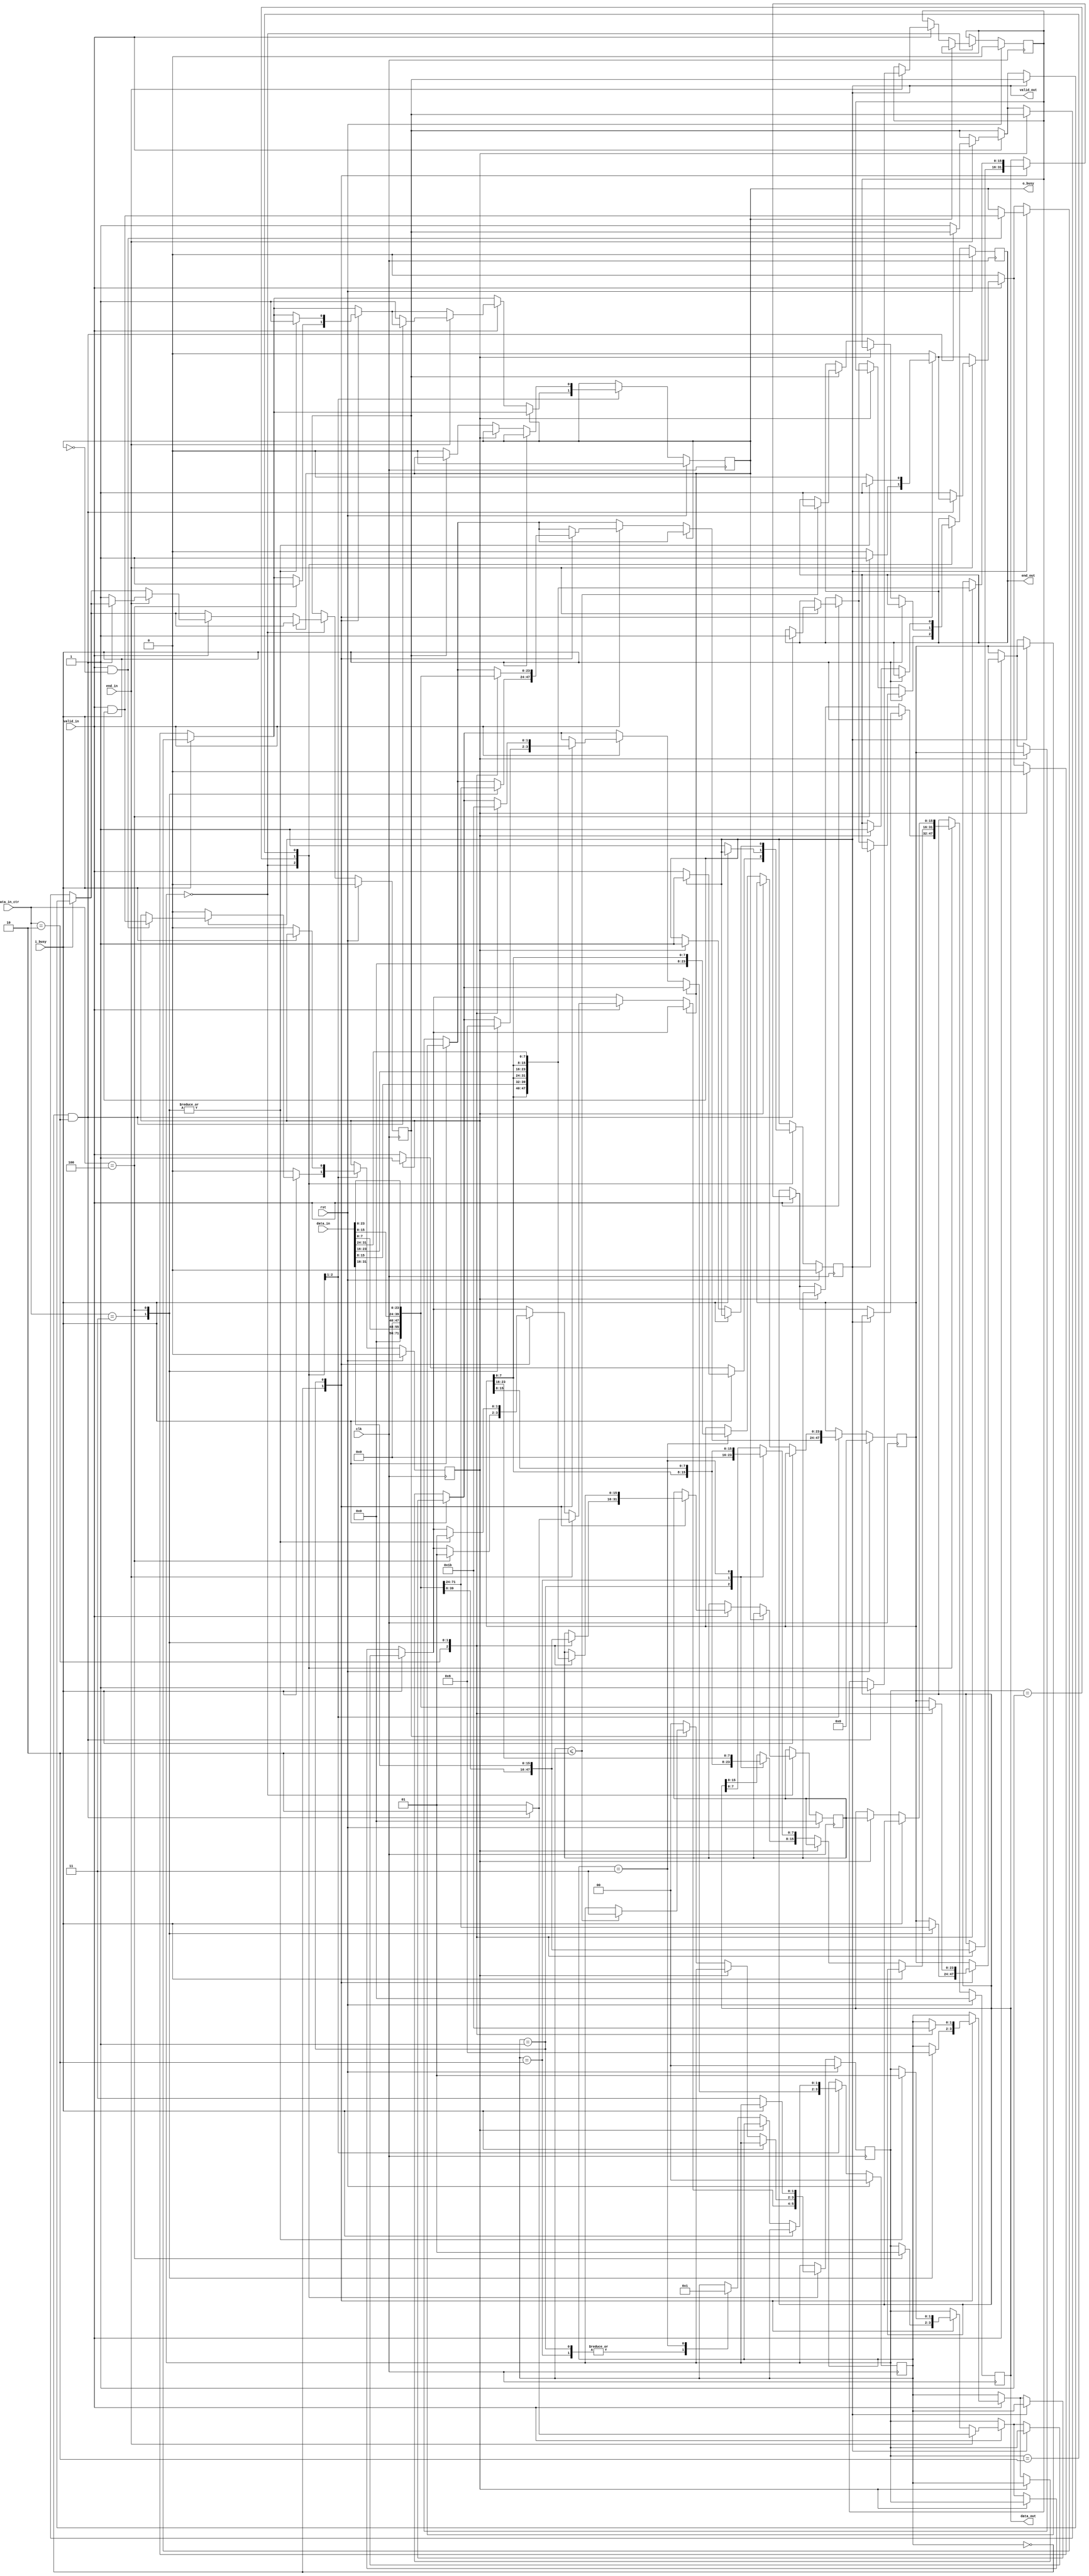
/* Generated by Yosys 0.8+     369 (git sha1 ea0e0722, clang 10.0.1 -fPIC -Os) */

(* \nmigen.hierarchy  = "top" *)
(* top =  1  *)
(* generator = "nMigen" *)
module top(valid_in, data_in_ctr, data_in, end_in, rst, clk, valid_out, o_busy, data_out, end_out, i_busy);
  wire \$1 ;
  wire \$101 ;
  wire \$103 ;
  wire \$105 ;
  wire \$107 ;
  wire \$109 ;
  wire \$11 ;
  wire \$111 ;
  wire \$113 ;
  wire \$115 ;
  wire \$117 ;
  wire \$119 ;
  wire \$121 ;
  wire \$123 ;
  wire \$125 ;
  wire \$127 ;
  wire \$129 ;
  wire \$13 ;
  wire \$131 ;
  wire \$133 ;
  wire \$135 ;
  wire \$137 ;
  wire \$139 ;
  wire \$141 ;
  wire \$143 ;
  wire \$145 ;
  wire \$147 ;
  wire \$149 ;
  wire \$15 ;
  wire \$151 ;
  wire \$153 ;
  wire \$155 ;
  wire \$157 ;
  wire \$159 ;
  wire \$161 ;
  wire \$163 ;
  wire \$165 ;
  wire \$167 ;
  wire \$169 ;
  wire \$17 ;
  wire \$171 ;
  wire \$173 ;
  wire \$175 ;
  wire \$177 ;
  wire \$179 ;
  wire \$181 ;
  wire \$183 ;
  wire \$185 ;
  wire \$187 ;
  wire \$189 ;
  wire \$19 ;
  wire \$191 ;
  wire \$193 ;
  wire \$195 ;
  wire \$197 ;
  wire \$199 ;
  wire \$201 ;
  wire \$203 ;
  wire \$205 ;
  wire \$207 ;
  wire \$209 ;
  wire \$21 ;
  wire \$211 ;
  wire \$213 ;
  wire \$215 ;
  wire \$217 ;
  wire \$219 ;
  wire \$221 ;
  wire \$223 ;
  wire \$225 ;
  wire \$227 ;
  wire \$229 ;
  wire \$23 ;
  wire \$231 ;
  wire \$233 ;
  wire \$235 ;
  wire \$237 ;
  wire \$239 ;
  wire \$241 ;
  wire \$243 ;
  wire \$245 ;
  wire \$247 ;
  wire \$249 ;
  wire \$25 ;
  wire \$251 ;
  wire \$253 ;
  wire \$255 ;
  wire \$257 ;
  wire \$259 ;
  wire \$261 ;
  wire \$263 ;
  wire \$265 ;
  wire \$267 ;
  wire \$269 ;
  wire \$27 ;
  wire \$271 ;
  wire \$273 ;
  wire \$275 ;
  wire \$277 ;
  wire \$29 ;
  wire \$3 ;
  wire \$31 ;
  wire \$33 ;
  wire \$35 ;
  wire \$37 ;
  wire \$39 ;
  wire \$41 ;
  wire \$43 ;
  wire \$45 ;
  wire \$47 ;
  wire [23:0] \$49 ;
  wire \$5 ;
  wire [23:0] \$51 ;
  wire [23:0] \$53 ;
  wire [23:0] \$55 ;
  wire [23:0] \$57 ;
  wire [23:0] \$59 ;
  wire [23:0] \$61 ;
  wire [23:0] \$63 ;
  wire \$65 ;
  wire [23:0] \$67 ;
  wire [23:0] \$69 ;
  wire \$7 ;
  wire [23:0] \$71 ;
  wire [23:0] \$73 ;
  wire \$75 ;
  wire \$77 ;
  wire [23:0] \$79 ;
  wire \$81 ;
  wire \$83 ;
  wire \$85 ;
  wire \$87 ;
  wire \$89 ;
  wire \$9 ;
  wire \$91 ;
  wire \$93 ;
  wire \$95 ;
  wire \$97 ;
  wire \$99 ;
  (* src = "fix_0xff2.py:174" *)
  reg [1:0] \$next\buffer_count ;
  (* src = "fix_0xff2.py:173" *)
  reg [23:0] \$next\buffer_data ;
  (* src = "fix_0xff2.py:153" *)
  reg [15:0] \$next\data_out ;
  (* src = "fix_0xff2.py:176" *)
  reg [15:0] \$next\data_out_reg ;
  (* src = "fix_0xff2.py:178" *)
  reg \$next\data_out_valid ;
  (* src = "fix_0xff2.py:160" *)
  reg \$next\end_out ;
  (* src = "fix_0xff2.py:177" *)
  reg \$next\end_out_reg ;
  (* src = "fix_0xff2.py:180" *)
  reg \$next\end_reg ;
  (* src = "nmigen/hdl/dsl.py:244" *)
  reg [1:0] \$next\fsm_state ;
  (* src = "fix_0xff2.py:162" *)
  reg \$next\o_busy ;
  (* src = "fix_0xff2.py:157" *)
  reg \$next\valid_out ;
  (* init = 2'h0 *)
  (* src = "fix_0xff2.py:174" *)
  reg [1:0] buffer_count = 2'h0;
  (* init = 24'h000000 *)
  (* src = "fix_0xff2.py:173" *)
  reg [23:0] buffer_data = 24'h000000;
  (* src = "nmigen/hdl/ir.py:329" *)
  input clk;
  (* src = "fix_0xff2.py:149" *)
  input [31:0] data_in;
  (* src = "fix_0xff2.py:150" *)
  input [2:0] data_in_ctr;
  (* init = 16'h0000 *)
  (* src = "fix_0xff2.py:153" *)
  output [15:0] data_out;
  reg [15:0] data_out = 16'h0000;
  (* init = 16'h0000 *)
  (* src = "fix_0xff2.py:176" *)
  reg [15:0] data_out_reg = 16'h0000;
  (* init = 1'h0 *)
  (* src = "fix_0xff2.py:178" *)
  reg data_out_valid = 1'h0;
  (* src = "fix_0xff2.py:159" *)
  input end_in;
  (* init = 1'h0 *)
  (* src = "fix_0xff2.py:160" *)
  output end_out;
  reg end_out = 1'h0;
  (* init = 1'h0 *)
  (* src = "fix_0xff2.py:177" *)
  reg end_out_reg = 1'h0;
  (* init = 1'h0 *)
  (* src = "fix_0xff2.py:180" *)
  reg end_reg = 1'h0;
  (* init = 2'h0 *)
  (* src = "nmigen/hdl/dsl.py:244" *)
  reg [1:0] fsm_state = 2'h0;
  (* src = "fix_0xff2.py:163" *)
  input i_busy;
  (* init = 1'h0 *)
  (* src = "fix_0xff2.py:162" *)
  output o_busy;
  reg o_busy = 1'h0;
  (* src = "nmigen/hdl/ir.py:329" *)
  input rst;
  (* src = "fix_0xff2.py:156" *)
  input valid_in;
  (* init = 1'h0 *)
  (* src = "fix_0xff2.py:157" *)
  output valid_out;
  reg valid_out = 1'h0;
  assign \$9  = \$5  & (* src = "fix_0xff2.py:208" *) \$7 ;
  assign \$99  = i_busy == (* src = "fix_0xff2.py:184" *) 1'h0;
  assign \$101  = valid_out == (* src = "fix_0xff2.py:199" *) 1'h0;
  assign \$103  = valid_in == (* src = "fix_0xff2.py:208" *) 1'h1;
  assign \$105  = o_busy == (* src = "fix_0xff2.py:208" *) 1'h0;
  assign \$107  = \$103  & (* src = "fix_0xff2.py:208" *) \$105 ;
  assign \$109  = data_out_valid == (* src = "fix_0xff2.py:185" *) 1'h0;
  assign \$111  = buffer_count == (* src = "fix_0xff2.py:102" *) 1'h0;
  assign \$113  = data_in_ctr == (* src = "fix_0xff2.py:102" *) 2'h2;
  assign \$115  = \$111  & (* src = "fix_0xff2.py:102" *) \$113 ;
  assign \$117  = buffer_count == (* src = "fix_0xff2.py:102" *) 1'h0;
  assign \$11  = data_out_valid == (* src = "fix_0xff2.py:185" *) 1'h0;
  assign \$119  = data_in_ctr == (* src = "fix_0xff2.py:102" *) 2'h2;
  assign \$121  = \$117  & (* src = "fix_0xff2.py:102" *) \$119 ;
  assign \$123  = valid_in == (* src = "fix_0xff2.py:211" *) 1'h1;
  assign \$125  = valid_out == (* src = "fix_0xff2.py:211" *) 1'h1;
  assign \$127  = \$123  & (* src = "fix_0xff2.py:211" *) \$125 ;
  assign \$129  = o_busy == (* src = "fix_0xff2.py:214" *) 1'h0;
  assign \$131  = buffer_count == (* src = "fix_0xff2.py:102" *) 1'h0;
  assign \$133  = data_in_ctr == (* src = "fix_0xff2.py:102" *) 2'h2;
  assign \$135  = \$131  & (* src = "fix_0xff2.py:102" *) \$133 ;
  assign \$137  = i_busy == (* src = "fix_0xff2.py:218" *) 1'h0;
  assign \$13  = i_busy == (* src = "fix_0xff2.py:218" *) 1'h0;
  assign \$139  = data_out_valid == (* src = "fix_0xff2.py:219" *) 1'h0;
  assign \$141  = end_reg == (* src = "fix_0xff2.py:222" *) 1'h0;
  assign \$143  = i_busy == (* src = "fix_0xff2.py:184" *) 1'h0;
  assign \$145  = valid_out == (* src = "fix_0xff2.py:199" *) 1'h0;
  assign \$147  = valid_in == (* src = "fix_0xff2.py:208" *) 1'h1;
  assign \$149  = o_busy == (* src = "fix_0xff2.py:208" *) 1'h0;
  assign \$151  = \$147  & (* src = "fix_0xff2.py:208" *) \$149 ;
  assign \$153  = data_out_valid == (* src = "fix_0xff2.py:185" *) 1'h0;
  assign \$155  = buffer_count == (* src = "fix_0xff2.py:102" *) 1'h0;
  assign \$157  = data_in_ctr == (* src = "fix_0xff2.py:102" *) 2'h2;
  assign \$15  = data_out_valid == (* src = "fix_0xff2.py:219" *) 1'h0;
  assign \$159  = \$155  & (* src = "fix_0xff2.py:102" *) \$157 ;
  assign \$161  = buffer_count == (* src = "fix_0xff2.py:102" *) 1'h0;
  assign \$163  = data_in_ctr == (* src = "fix_0xff2.py:102" *) 2'h2;
  assign \$165  = \$161  & (* src = "fix_0xff2.py:102" *) \$163 ;
  assign \$167  = o_busy == (* src = "fix_0xff2.py:214" *) 1'h0;
  assign \$169  = buffer_count == (* src = "fix_0xff2.py:102" *) 1'h0;
  assign \$171  = data_in_ctr == (* src = "fix_0xff2.py:102" *) 2'h2;
  assign \$173  = \$169  & (* src = "fix_0xff2.py:102" *) \$171 ;
  assign \$175  = i_busy == (* src = "fix_0xff2.py:218" *) 1'h0;
  assign \$177  = data_out_valid == (* src = "fix_0xff2.py:219" *) 1'h0;
  assign \$17  = i_busy == (* src = "fix_0xff2.py:234" *) 1'h0;
  assign \$179  = buffer_count <= (* src = "fix_0xff2.py:140" *) 2'h2;
  assign \$181  = end_reg == (* src = "fix_0xff2.py:222" *) 1'h0;
  assign \$183  = i_busy == (* src = "fix_0xff2.py:234" *) 1'h0;
  assign \$185  = i_busy == (* src = "fix_0xff2.py:184" *) 1'h0;
  assign \$187  = valid_out == (* src = "fix_0xff2.py:199" *) 1'h0;
  assign \$189  = valid_in == (* src = "fix_0xff2.py:208" *) 1'h1;
  assign \$191  = o_busy == (* src = "fix_0xff2.py:208" *) 1'h0;
  assign \$193  = \$189  & (* src = "fix_0xff2.py:208" *) \$191 ;
  assign \$195  = data_out_valid == (* src = "fix_0xff2.py:185" *) 1'h0;
  assign \$197  = buffer_count == (* src = "fix_0xff2.py:102" *) 1'h0;
  assign \$1  = i_busy == (* src = "fix_0xff2.py:184" *) 1'h0;
  assign \$19  = i_busy == (* src = "fix_0xff2.py:184" *) 1'h0;
  assign \$199  = data_in_ctr == (* src = "fix_0xff2.py:102" *) 2'h2;
  assign \$201  = \$197  & (* src = "fix_0xff2.py:102" *) \$199 ;
  assign \$203  = buffer_count == (* src = "fix_0xff2.py:102" *) 1'h0;
  assign \$205  = data_in_ctr == (* src = "fix_0xff2.py:102" *) 2'h2;
  assign \$207  = \$203  & (* src = "fix_0xff2.py:102" *) \$205 ;
  assign \$209  = i_busy == (* src = "fix_0xff2.py:218" *) 1'h0;
  assign \$211  = data_out_valid == (* src = "fix_0xff2.py:219" *) 1'h0;
  assign \$213  = buffer_count <= (* src = "fix_0xff2.py:140" *) 2'h2;
  assign \$215  = i_busy == (* src = "fix_0xff2.py:234" *) 1'h0;
  assign \$217  = i_busy == (* src = "fix_0xff2.py:184" *) 1'h0;
  assign \$21  = valid_out == (* src = "fix_0xff2.py:199" *) 1'h0;
  assign \$219  = valid_out == (* src = "fix_0xff2.py:199" *) 1'h0;
  assign \$221  = valid_in == (* src = "fix_0xff2.py:208" *) 1'h1;
  assign \$223  = o_busy == (* src = "fix_0xff2.py:208" *) 1'h0;
  assign \$225  = \$221  & (* src = "fix_0xff2.py:208" *) \$223 ;
  assign \$227  = data_out_valid == (* src = "fix_0xff2.py:185" *) 1'h0;
  assign \$229  = buffer_count == (* src = "fix_0xff2.py:102" *) 1'h0;
  assign \$231  = data_in_ctr == (* src = "fix_0xff2.py:102" *) 2'h2;
  assign \$233  = \$229  & (* src = "fix_0xff2.py:102" *) \$231 ;
  assign \$235  = buffer_count == (* src = "fix_0xff2.py:102" *) 1'h0;
  assign \$237  = data_in_ctr == (* src = "fix_0xff2.py:102" *) 2'h2;
  assign \$23  = valid_in == (* src = "fix_0xff2.py:208" *) 1'h1;
  assign \$239  = \$235  & (* src = "fix_0xff2.py:102" *) \$237 ;
  assign \$241  = o_busy == (* src = "fix_0xff2.py:214" *) 1'h0;
  assign \$243  = buffer_count == (* src = "fix_0xff2.py:102" *) 1'h0;
  assign \$245  = data_in_ctr == (* src = "fix_0xff2.py:102" *) 2'h2;
  assign \$247  = \$243  & (* src = "fix_0xff2.py:102" *) \$245 ;
  assign \$249  = i_busy == (* src = "fix_0xff2.py:184" *) 1'h0;
  assign \$251  = valid_out == (* src = "fix_0xff2.py:199" *) 1'h0;
  assign \$253  = valid_in == (* src = "fix_0xff2.py:208" *) 1'h1;
  assign \$255  = o_busy == (* src = "fix_0xff2.py:208" *) 1'h0;
  assign \$257  = \$253  & (* src = "fix_0xff2.py:208" *) \$255 ;
  assign \$25  = o_busy == (* src = "fix_0xff2.py:208" *) 1'h0;
  assign \$259  = valid_in == (* src = "fix_0xff2.py:210" *) 1'h1;
  assign \$261  = valid_out == (* src = "fix_0xff2.py:210" *) 1'h1;
  assign \$263  = \$259  & (* src = "fix_0xff2.py:210" *) \$261 ;
  assign \$265  = i_busy == (* src = "fix_0xff2.py:218" *) 1'h0;
  assign \$267  = data_out_valid == (* src = "fix_0xff2.py:219" *) 1'h0;
  assign \$269  = o_busy == (* src = "fix_0xff2.py:214" *) 1'h0;
  assign \$271  = o_busy == (* src = "fix_0xff2.py:214" *) 1'h0;
  assign \$273  = buffer_count == (* src = "fix_0xff2.py:102" *) 1'h0;
  assign \$275  = data_in_ctr == (* src = "fix_0xff2.py:102" *) 2'h2;
  assign \$277  = \$273  & (* src = "fix_0xff2.py:102" *) \$275 ;
  assign \$27  = \$23  & (* src = "fix_0xff2.py:208" *) \$25 ;
  assign \$29  = data_out_valid == (* src = "fix_0xff2.py:185" *) 1'h0;
  assign \$31  = i_busy == (* src = "fix_0xff2.py:218" *) 1'h0;
  assign \$33  = data_out_valid == (* src = "fix_0xff2.py:219" *) 1'h0;
  assign \$35  = i_busy == (* src = "fix_0xff2.py:234" *) 1'h0;
  assign \$37  = i_busy == (* src = "fix_0xff2.py:184" *) 1'h0;
  assign \$3  = valid_out == (* src = "fix_0xff2.py:199" *) 1'h0;
  assign \$39  = valid_out == (* src = "fix_0xff2.py:199" *) 1'h0;
  assign \$41  = valid_in == (* src = "fix_0xff2.py:208" *) 1'h1;
  assign \$43  = o_busy == (* src = "fix_0xff2.py:208" *) 1'h0;
  assign \$45  = \$41  & (* src = "fix_0xff2.py:208" *) \$43 ;
  assign \$47  = data_out_valid == (* src = "fix_0xff2.py:185" *) 1'h0;
  assign \$49  = + (* src = "nmigen/hdl/ast.py:123" *) data_in[7:0];
  assign \$51  = + (* src = "nmigen/hdl/ast.py:123" *) data_in[15:0];
  assign \$53  = + (* src = "nmigen/hdl/ast.py:123" *) data_in[7:0];
  assign \$55  = + (* src = "nmigen/hdl/ast.py:123" *) data_in[15:0];
  assign \$57  = + (* src = "nmigen/hdl/ast.py:123" *) data_in[7:0];
  assign \$5  = valid_in == (* src = "fix_0xff2.py:208" *) 1'h1;
  assign \$59  = + (* src = "nmigen/hdl/ast.py:123" *) data_in[15:0];
  assign \$61  = + (* src = "nmigen/hdl/ast.py:123" *) data_in[7:0];
  assign \$63  = + (* src = "nmigen/hdl/ast.py:123" *) data_in[15:0];
  assign \$65  = o_busy == (* src = "fix_0xff2.py:214" *) 1'h0;
  assign \$67  = + (* src = "nmigen/hdl/ast.py:123" *) data_in[7:0];
  assign \$69  = + (* src = "nmigen/hdl/ast.py:123" *) data_in[15:0];
  assign \$71  = + (* src = "nmigen/hdl/ast.py:123" *) data_in[7:0];
  assign \$73  = + (* src = "nmigen/hdl/ast.py:123" *) data_in[15:0];
  assign \$75  = i_busy == (* src = "fix_0xff2.py:218" *) 1'h0;
  assign \$77  = data_out_valid == (* src = "fix_0xff2.py:219" *) 1'h0;
  assign \$7  = o_busy == (* src = "fix_0xff2.py:208" *) 1'h0;
  assign \$79  = + (* src = "nmigen/hdl/ast.py:123" *) buffer_data[7:0];
  assign \$81  = i_busy == (* src = "fix_0xff2.py:184" *) 1'h0;
  assign \$83  = valid_out == (* src = "fix_0xff2.py:199" *) 1'h0;
  assign \$85  = valid_in == (* src = "fix_0xff2.py:208" *) 1'h1;
  assign \$87  = o_busy == (* src = "fix_0xff2.py:208" *) 1'h0;
  assign \$89  = \$85  & (* src = "fix_0xff2.py:208" *) \$87 ;
  assign \$91  = data_out_valid == (* src = "fix_0xff2.py:185" *) 1'h0;
  assign \$93  = o_busy == (* src = "fix_0xff2.py:214" *) 1'h0;
  assign \$95  = i_busy == (* src = "fix_0xff2.py:218" *) 1'h0;
  assign \$97  = data_out_valid == (* src = "fix_0xff2.py:219" *) 1'h0;
  always @(posedge clk)
      end_out_reg <= \$next\end_out_reg ;
  always @(posedge clk)
      data_out <= \$next\data_out ;
  always @(posedge clk)
      valid_out <= \$next\valid_out ;
  always @(posedge clk)
      data_out_reg <= \$next\data_out_reg ;
  always @(posedge clk)
      data_out_valid <= \$next\data_out_valid ;
  always @(posedge clk)
      end_reg <= \$next\end_reg ;
  always @(posedge clk)
      end_out <= \$next\end_out ;
  always @(posedge clk)
      fsm_state <= \$next\fsm_state ;
  always @(posedge clk)
      o_busy <= \$next\o_busy ;
  always @(posedge clk)
      buffer_count <= \$next\buffer_count ;
  always @(posedge clk)
      buffer_data <= \$next\buffer_data ;
  always @* begin
    \$next\valid_out  = valid_out;
    casez (fsm_state)
      2'h0:
          casez ({ \$9 , \$3 , \$1  })
            3'bzz1:
                casez (\$11 )
                  1'h1:
                      \$next\valid_out  = valid_in;
                  1'hz:
                      \$next\valid_out  = 1'h1;
                endcase
            3'bz1z:
                \$next\valid_out  = valid_in;
          endcase
      2'h1:
          casez (\$13 )
            1'h1:
                casez (\$15 )
                  1'h1:
                      \$next\valid_out  = 1'h1;
                  1'hz:
                      \$next\valid_out  = 1'h1;
                endcase
          endcase
      2'h2:
          casez (\$17 )
            1'h1:
                casez (data_out_valid)
                  1'h1:
                      \$next\valid_out  = 1'h1;
                endcase
          endcase
    endcase
    casez (rst)
      1'h1:
          \$next\valid_out  = 1'h0;
    endcase
  end
  always @* begin
    \$next\data_out  = data_out;
    casez (fsm_state)
      2'h0:
          casez ({ \$27 , \$21 , \$19  })
            3'bzz1:
                casez (\$29 )
                  1'h1:
                      casez (valid_in)
                        1'h1:
                            casez (buffer_count)
                              2'h0:
                                  casez (data_in_ctr)
                                    3'h2:
                                        \$next\data_out  = data_in[15:0];
                                    3'h3:
                                        \$next\data_out  = data_in[23:8];
                                    3'h4:
                                        \$next\data_out  = data_in[31:16];
                                  endcase
                              2'h1:
                                  casez (data_in_ctr)
                                    3'h2:
                                        \$next\data_out  = { buffer_data[7:0], data_in[15:8] };
                                    3'h3:
                                        \$next\data_out  = { buffer_data[7:0], data_in[23:16] };
                                    3'h4:
                                        \$next\data_out  = { buffer_data[7:0], data_in[31:24] };
                                  endcase
                            endcase
                      endcase
                  1'hz:
                      \$next\data_out  = data_out_reg;
                endcase
            3'bz1z:
                casez (valid_in)
                  1'h1:
                      casez (buffer_count)
                        2'h0:
                            casez (data_in_ctr)
                              3'h2:
                                  \$next\data_out  = data_in[15:0];
                              3'h3:
                                  \$next\data_out  = data_in[23:8];
                              3'h4:
                                  \$next\data_out  = data_in[31:16];
                            endcase
                        2'h1:
                            casez (data_in_ctr)
                              3'h2:
                                  \$next\data_out  = { buffer_data[7:0], data_in[15:8] };
                              3'h3:
                                  \$next\data_out  = { buffer_data[7:0], data_in[23:16] };
                              3'h4:
                                  \$next\data_out  = { buffer_data[7:0], data_in[31:24] };
                            endcase
                      endcase
                endcase
          endcase
      2'h1:
          casez (\$31 )
            1'h1:
                casez (\$33 )
                  1'h1:
                      casez (buffer_count)
                        2'h1:
                          begin
                            \$next\data_out [15:8] = buffer_data[7:0];
                            \$next\data_out [7:0] = 8'h00;
                          end
                        2'h2:
                            \$next\data_out  = buffer_data[15:0];
                        2'h3:
                            \$next\data_out  = buffer_data[23:8];
                      endcase
                  1'hz:
                      \$next\data_out  = data_out_reg;
                endcase
          endcase
      2'h2:
          casez (\$35 )
            1'h1:
                casez (data_out_valid)
                  1'h1:
                      \$next\data_out  = data_out_reg;
                endcase
          endcase
    endcase
    casez (rst)
      1'h1:
          \$next\data_out  = 16'h0000;
    endcase
  end
  always @* begin
    \$next\end_out_reg  = end_out_reg;
    casez (fsm_state)
      2'h0:
          casez (\$271 )
            1'h1:
                casez (valid_in)
                  1'h1:
                      casez (end_in)
                        1'h1:
                            casez (\$277 )
                              1'h1:
                                  \$next\end_out_reg  = 1'h1;
                            endcase
                      endcase
                endcase
          endcase
    endcase
    casez (rst)
      1'h1:
          \$next\end_out_reg  = 1'h0;
    endcase
  end
  always @* begin
    \$next\buffer_data  = buffer_data;
    casez (fsm_state)
      2'h0:
        begin
          casez ({ \$45 , \$39 , \$37  })
            3'bzz1:
                casez (\$47 )
                  1'h1:
                      casez (valid_in)
                        1'h1:
                            casez (buffer_count)
                              2'h0:
                                  casez (data_in_ctr)
                                    3'h3:
                                        \$next\buffer_data  = \$49 ;
                                    3'h4:
                                        \$next\buffer_data  = \$51 ;
                                  endcase
                              2'h1:
                                  casez (data_in_ctr)
                                    3'h2:
                                        \$next\buffer_data  = \$53 ;
                                    3'h3:
                                        \$next\buffer_data  = \$55 ;
                                    3'h4:
                                        \$next\buffer_data  = data_in[23:0];
                                  endcase
                            endcase
                      endcase
                endcase
            3'bz1z:
                casez (valid_in)
                  1'h1:
                      casez (buffer_count)
                        2'h0:
                            casez (data_in_ctr)
                              3'h3:
                                  \$next\buffer_data  = \$57 ;
                              3'h4:
                                  \$next\buffer_data  = \$59 ;
                            endcase
                        2'h1:
                            casez (data_in_ctr)
                              3'h2:
                                  \$next\buffer_data  = \$61 ;
                              3'h3:
                                  \$next\buffer_data  = \$63 ;
                              3'h4:
                                  \$next\buffer_data  = data_in[23:0];
                            endcase
                      endcase
                endcase
          endcase
          casez (\$65 )
            1'h1:
                casez (valid_in)
                  1'h1:
                      casez (buffer_count)
                        2'h0:
                            casez (data_in_ctr)
                              3'h3:
                                  \$next\buffer_data  = \$67 ;
                              3'h4:
                                  \$next\buffer_data  = \$69 ;
                            endcase
                        2'h1:
                            casez (data_in_ctr)
                              3'h2:
                                  \$next\buffer_data  = \$71 ;
                              3'h3:
                                  \$next\buffer_data  = \$73 ;
                              3'h4:
                                  \$next\buffer_data  = data_in[23:0];
                            endcase
                      endcase
                endcase
          endcase
        end
      2'h1:
          casez (\$75 )
            1'h1:
                casez (\$77 )
                  1'h1:
                      casez (buffer_count)
                        2'h3:
                            \$next\buffer_data  = \$79 ;
                      endcase
                endcase
          endcase
    endcase
    casez (rst)
      1'h1:
          \$next\buffer_data  = 24'h000000;
    endcase
  end
  always @* begin
    \$next\buffer_count  = buffer_count;
    casez (fsm_state)
      2'h0:
        begin
          casez ({ \$89 , \$83 , \$81  })
            3'bzz1:
                casez (\$91 )
                  1'h1:
                      casez (valid_in)
                        1'h1:
                            casez (buffer_count)
                              2'h0:
                                  casez (data_in_ctr)
                                    3'h3:
                                        \$next\buffer_count  = 2'h1;
                                    3'h4:
                                        \$next\buffer_count  = 2'h2;
                                  endcase
                              2'h1:
                                  casez (data_in_ctr)
                                    3'h2:
                                        \$next\buffer_count  = 2'h1;
                                    3'h3:
                                        \$next\buffer_count  = 2'h2;
                                    3'h4:
                                        \$next\buffer_count  = 2'h3;
                                  endcase
                            endcase
                      endcase
                endcase
            3'bz1z:
                casez (valid_in)
                  1'h1:
                      casez (buffer_count)
                        2'h0:
                            casez (data_in_ctr)
                              3'h3:
                                  \$next\buffer_count  = 2'h1;
                              3'h4:
                                  \$next\buffer_count  = 2'h2;
                            endcase
                        2'h1:
                            casez (data_in_ctr)
                              3'h2:
                                  \$next\buffer_count  = 2'h1;
                              3'h3:
                                  \$next\buffer_count  = 2'h2;
                              3'h4:
                                  \$next\buffer_count  = 2'h3;
                            endcase
                      endcase
                endcase
          endcase
          casez (\$93 )
            1'h1:
                casez (valid_in)
                  1'h1:
                      casez (buffer_count)
                        2'h0:
                            casez (data_in_ctr)
                              3'h3:
                                  \$next\buffer_count  = 2'h1;
                              3'h4:
                                  \$next\buffer_count  = 2'h2;
                            endcase
                        2'h1:
                            casez (data_in_ctr)
                              3'h2:
                                  \$next\buffer_count  = 2'h1;
                              3'h3:
                                  \$next\buffer_count  = 2'h2;
                              3'h4:
                                  \$next\buffer_count  = 2'h3;
                            endcase
                      endcase
                endcase
          endcase
        end
      2'h1:
          casez (\$95 )
            1'h1:
                casez (\$97 )
                  1'h1:
                      casez (buffer_count)
                        2'h1:
                            \$next\buffer_count  = 2'h0;
                        2'h2:
                            \$next\buffer_count  = 2'h0;
                        2'h3:
                            \$next\buffer_count  = 2'h1;
                      endcase
                endcase
          endcase
    endcase
    casez (rst)
      1'h1:
          \$next\buffer_count  = 2'h0;
    endcase
  end
  always @* begin
    \$next\o_busy  = o_busy;
    casez (fsm_state)
      2'h0:
        begin
          casez ({ \$107 , \$101 , \$99  })
            3'bzz1:
              begin
                \$next\o_busy  = 1'h0;
                casez (\$109 )
                  1'h1:
                      casez (valid_in)
                        1'h1:
                          begin
                            casez (buffer_count)
                              2'h0:
                                  casez (data_in_ctr)
                                    3'h4:
                                        \$next\o_busy  = 1'h1;
                                  endcase
                              2'h1:
                                  casez (data_in_ctr)
                                    3'h3:
                                        \$next\o_busy  = 1'h1;
                                    3'h4:
                                        \$next\o_busy  = 1'h1;
                                  endcase
                            endcase
                            casez (end_in)
                              1'h1:
                                  casez (\$115 )
                                    1'h1:
                                        /* empty */;
                                    1'hz:
                                        \$next\o_busy  = 1'h1;
                                  endcase
                            endcase
                          end
                      endcase
                endcase
              end
            3'bz1z:
              begin
                \$next\o_busy  = 1'h0;
                casez (valid_in)
                  1'h1:
                    begin
                      casez (buffer_count)
                        2'h0:
                            casez (data_in_ctr)
                              3'h4:
                                  \$next\o_busy  = 1'h1;
                            endcase
                        2'h1:
                            casez (data_in_ctr)
                              3'h3:
                                  \$next\o_busy  = 1'h1;
                              3'h4:
                                  \$next\o_busy  = 1'h1;
                            endcase
                      endcase
                      casez (end_in)
                        1'h1:
                            casez (\$121 )
                              1'h1:
                                  /* empty */;
                              1'hz:
                                  \$next\o_busy  = 1'h1;
                            endcase
                      endcase
                    end
                endcase
              end
            3'b1zz:
                \$next\o_busy  = \$127 ;
          endcase
          casez (\$129 )
            1'h1:
                casez (valid_in)
                  1'h1:
                    begin
                      casez (buffer_count)
                        2'h0:
                            casez (data_in_ctr)
                              3'h4:
                                  \$next\o_busy  = 1'h1;
                            endcase
                        2'h1:
                            casez (data_in_ctr)
                              3'h3:
                                  \$next\o_busy  = 1'h1;
                              3'h4:
                                  \$next\o_busy  = 1'h1;
                            endcase
                      endcase
                      casez (end_in)
                        1'h1:
                            casez (\$135 )
                              1'h1:
                                  /* empty */;
                              1'hz:
                                  \$next\o_busy  = 1'h1;
                            endcase
                      endcase
                    end
                endcase
          endcase
        end
      2'h1:
          casez (\$137 )
            1'h1:
                casez (\$139 )
                  1'h1:
                      casez (\$141 )
                        1'h1:
                            \$next\o_busy  = 1'h0;
                      endcase
                endcase
          endcase
    endcase
    casez (rst)
      1'h1:
          \$next\o_busy  = 1'h0;
    endcase
  end
  always @* begin
    \$next\fsm_state  = fsm_state;
    casez (fsm_state)
      2'h0:
        begin
          casez ({ \$151 , \$145 , \$143  })
            3'bzz1:
                casez (\$153 )
                  1'h1:
                      casez (valid_in)
                        1'h1:
                          begin
                            casez (buffer_count)
                              2'h0:
                                  casez (data_in_ctr)
                                    3'h4:
                                        \$next\fsm_state  = 2'h1;
                                  endcase
                              2'h1:
                                  casez (data_in_ctr)
                                    3'h3:
                                        \$next\fsm_state  = 2'h1;
                                    3'h4:
                                        \$next\fsm_state  = 2'h1;
                                  endcase
                            endcase
                            casez (end_in)
                              1'h1:
                                  casez (\$159 )
                                    1'h1:
                                        \$next\fsm_state  = 2'h2;
                                    1'hz:
                                        \$next\fsm_state  = 2'h1;
                                  endcase
                            endcase
                          end
                      endcase
                endcase
            3'bz1z:
                casez (valid_in)
                  1'h1:
                    begin
                      casez (buffer_count)
                        2'h0:
                            casez (data_in_ctr)
                              3'h4:
                                  \$next\fsm_state  = 2'h1;
                            endcase
                        2'h1:
                            casez (data_in_ctr)
                              3'h3:
                                  \$next\fsm_state  = 2'h1;
                              3'h4:
                                  \$next\fsm_state  = 2'h1;
                            endcase
                      endcase
                      casez (end_in)
                        1'h1:
                            casez (\$165 )
                              1'h1:
                                  \$next\fsm_state  = 2'h2;
                              1'hz:
                                  \$next\fsm_state  = 2'h1;
                            endcase
                      endcase
                    end
                endcase
          endcase
          casez (\$167 )
            1'h1:
                casez (valid_in)
                  1'h1:
                    begin
                      casez (buffer_count)
                        2'h0:
                            casez (data_in_ctr)
                              3'h4:
                                  \$next\fsm_state  = 2'h1;
                            endcase
                        2'h1:
                            casez (data_in_ctr)
                              3'h3:
                                  \$next\fsm_state  = 2'h1;
                              3'h4:
                                  \$next\fsm_state  = 2'h1;
                            endcase
                      endcase
                      casez (end_in)
                        1'h1:
                            casez (\$173 )
                              1'h1:
                                  \$next\fsm_state  = 2'h2;
                              1'hz:
                                  \$next\fsm_state  = 2'h1;
                            endcase
                      endcase
                    end
                endcase
          endcase
        end
      2'h1:
          casez (\$175 )
            1'h1:
                casez (\$177 )
                  1'h1:
                    begin
                      casez (end_reg)
                        1'h1:
                            casez (\$179 )
                              1'h1:
                                  \$next\fsm_state  = 2'h3;
                            endcase
                      endcase
                      casez (\$181 )
                        1'h1:
                            \$next\fsm_state  = 2'h0;
                      endcase
                    end
                endcase
          endcase
      2'h2:
          casez (\$183 )
            1'h1:
                \$next\fsm_state  = 2'h3;
          endcase
    endcase
    casez (rst)
      1'h1:
          \$next\fsm_state  = 2'h0;
    endcase
  end
  always @* begin
    \$next\end_out  = end_out;
    casez (fsm_state)
      2'h0:
          casez ({ \$193 , \$187 , \$185  })
            3'bzz1:
                casez (\$195 )
                  1'h1:
                      casez (valid_in)
                        1'h1:
                            casez (end_in)
                              1'h1:
                                  casez (\$201 )
                                    1'h1:
                                        \$next\end_out  = 1'h1;
                                  endcase
                            endcase
                      endcase
                  1'hz:
                      \$next\end_out  = end_out_reg;
                endcase
            3'bz1z:
                casez (valid_in)
                  1'h1:
                      casez (end_in)
                        1'h1:
                            casez (\$207 )
                              1'h1:
                                  \$next\end_out  = 1'h1;
                            endcase
                      endcase
                endcase
          endcase
      2'h1:
          casez (\$209 )
            1'h1:
                casez (\$211 )
                  1'h1:
                      casez (end_reg)
                        1'h1:
                            casez (\$213 )
                              1'h1:
                                  \$next\end_out  = 1'h1;
                            endcase
                      endcase
                  1'hz:
                      \$next\end_out  = end_out_reg;
                endcase
          endcase
      2'h2:
          casez (\$215 )
            1'h1:
                casez (data_out_valid)
                  1'h1:
                      \$next\end_out  = 1'h1;
                endcase
          endcase
    endcase
    casez (rst)
      1'h1:
          \$next\end_out  = 1'h0;
    endcase
  end
  always @* begin
    \$next\end_reg  = end_reg;
    casez (fsm_state)
      2'h0:
        begin
          casez ({ \$225 , \$219 , \$217  })
            3'bzz1:
                casez (\$227 )
                  1'h1:
                      casez (valid_in)
                        1'h1:
                            casez (end_in)
                              1'h1:
                                  casez (\$233 )
                                    1'h1:
                                        /* empty */;
                                    1'hz:
                                        \$next\end_reg  = 1'h1;
                                  endcase
                            endcase
                      endcase
                endcase
            3'bz1z:
                casez (valid_in)
                  1'h1:
                      casez (end_in)
                        1'h1:
                            casez (\$239 )
                              1'h1:
                                  /* empty */;
                              1'hz:
                                  \$next\end_reg  = 1'h1;
                            endcase
                      endcase
                endcase
          endcase
          casez (\$241 )
            1'h1:
                casez (valid_in)
                  1'h1:
                      casez (end_in)
                        1'h1:
                            casez (\$247 )
                              1'h1:
                                  /* empty */;
                              1'hz:
                                  \$next\end_reg  = 1'h1;
                            endcase
                      endcase
                endcase
          endcase
        end
    endcase
    casez (rst)
      1'h1:
          \$next\end_reg  = 1'h0;
    endcase
  end
  always @* begin
    \$next\data_out_valid  = data_out_valid;
    casez (fsm_state)
      2'h0:
          casez ({ \$257 , \$251 , \$249  })
            3'bzz1:
                \$next\data_out_valid  = 1'h0;
            3'bz1z:
                \$next\data_out_valid  = 1'h0;
            3'b1zz:
                \$next\data_out_valid  = \$263 ;
          endcase
      2'h1:
          casez (\$265 )
            1'h1:
                casez (\$267 )
                  1'h1:
                      /* empty */;
                  1'hz:
                      \$next\data_out_valid  = 1'h0;
                endcase
          endcase
    endcase
    casez (rst)
      1'h1:
          \$next\data_out_valid  = 1'h0;
    endcase
  end
  always @* begin
    \$next\data_out_reg  = data_out_reg;
    casez (fsm_state)
      2'h0:
          casez (\$269 )
            1'h1:
                casez (valid_in)
                  1'h1:
                      casez (buffer_count)
                        2'h0:
                            casez (data_in_ctr)
                              3'h2:
                                  \$next\data_out_reg  = data_in[15:0];
                              3'h3:
                                  \$next\data_out_reg  = data_in[23:8];
                              3'h4:
                                  \$next\data_out_reg  = data_in[31:16];
                            endcase
                        2'h1:
                            casez (data_in_ctr)
                              3'h2:
                                  \$next\data_out_reg  = { buffer_data[7:0], data_in[15:8] };
                              3'h3:
                                  \$next\data_out_reg  = { buffer_data[7:0], data_in[23:16] };
                              3'h4:
                                  \$next\data_out_reg  = { buffer_data[7:0], data_in[31:24] };
                            endcase
                      endcase
                endcase
          endcase
    endcase
    casez (rst)
      1'h1:
          \$next\data_out_reg  = 16'h0000;
    endcase
  end
endmodule